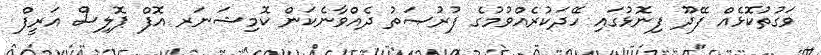
ވަގުތުކޮޅެއް ފޭދޫ ފިނޮޅުގައި ހޭދަކުރެއްވުމުގެ ފުރުޞަތު ދެއްވާނެކަން ކޮމިޝަނަރ އޮފް ޕޮލިސް އަރީފް